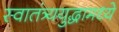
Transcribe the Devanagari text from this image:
स्वातंत्र्ययुद्धामध्ये